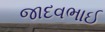
જાદવભાઈ